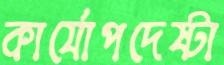
কার্যোপদেষ্টা